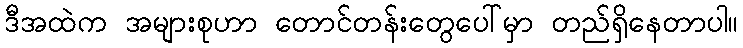
ဒီအထဲက အများစုဟာ တောင်တန်းတွေပေါ်မှာ တည်ရှိနေတာပါ။